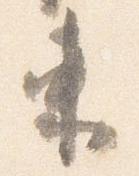
束